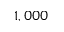
1 , 0 0 0